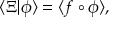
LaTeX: \langle \Xi | \phi \rangle = \langle f \circ \phi \rangle ,